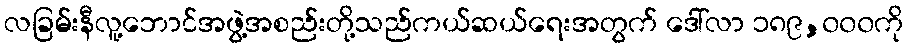
လခြမ်းနီလူ့ဘောင်အဖွဲ့အစည်းတို့သည်ကယ်ဆယ်ရေးအတွက် ဒေါ်လာ ၁၈၉,၀၀၀ကို